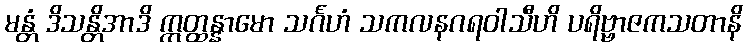
မန္တံ ဒိသန္တိအာဒိ ဣတ္ထန္နာမော သင်္ဂဟံ သကလနဂရဝါသီဟိ ပရိဗ္ဗာဇကသတာနိ